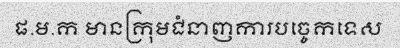
ផ.ម.ក មានក្រុមជំនាញការបច្ចេកទេស